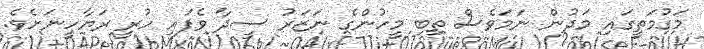
މަގުމަތީގައި މަދުން ނަމަވެސް ތިބި މީހުންގެ ނަޒަރު ސީދާ ވެފައި ހުރީ ރަޔާހީނަށެވެ.